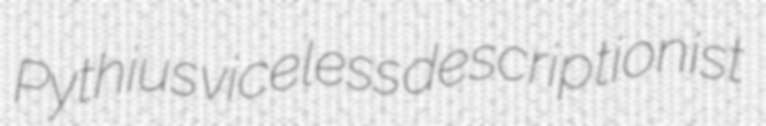
Pythius viceless descriptionist